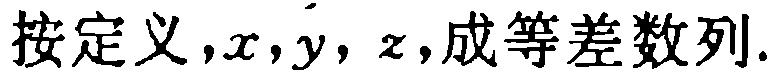
按定义，\(x,y,z\)成等差数列.